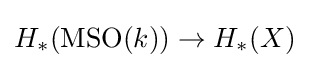
H_{*}(\operatorname {MSO} (k))\to H_{*}(X)